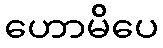
ဟောမိပေ